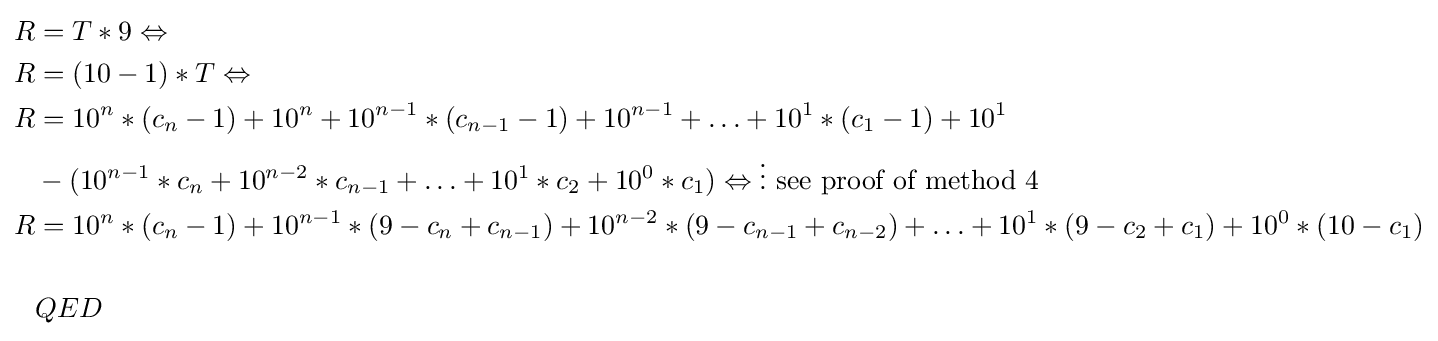
{\begin{aligned}R&=T*9\Leftrightarrow \\R&=(10-1)*T\Leftrightarrow \\R&=10^{n}*(c_{n}-1)+10^{n}+10^{n-1}*(c_{n-1}-1)+10^{n-1}+\ldots +10^{1}*(c_{1}-1)+10^{1}\\&-(10^{n-1}*c_{n}+10^{n-2}*c_{n-1}+\ldots +10^{1}*c_{2}+10^{0}*c_{1})\Leftrightarrow \vdots {\mbox{ see proof of method 4}}\\R&=10^{n}*(c_{n}-1)+10^{n-1}*(9-c_{n}+c_{n-1})+10^{n-2}*(9-c_{n-1}+c_{n-2})+\ldots +10^{1}*(9-c_{2}+c_{1})+10^{0}*(10-c_{1})\\\\&QED\end{aligned}}